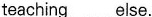
teaching \underlineelse.